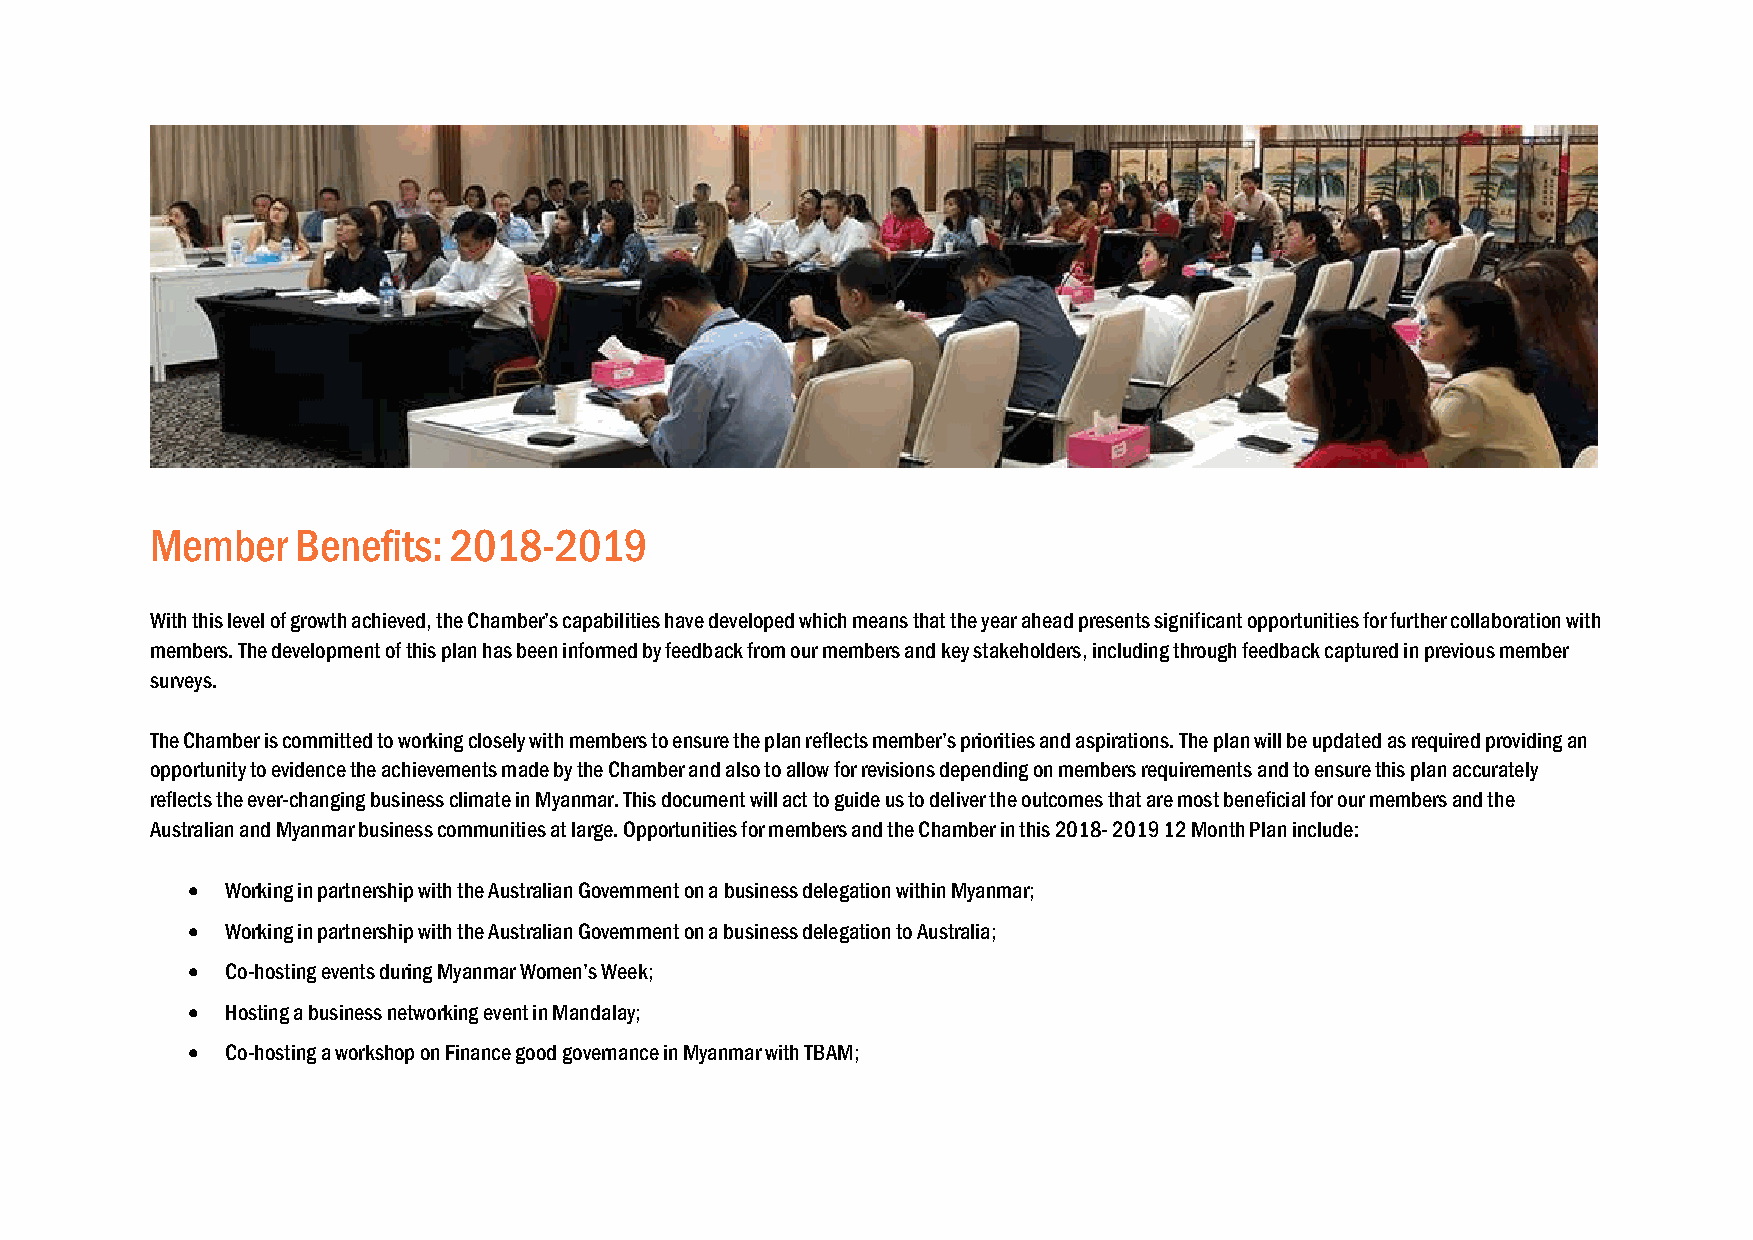
Member    Benefits: 2018-2019
 With this level of growth achieved, the Chamber’s capabilities have developed which means that the year ahead presents significant opportunities for further collaboration with
 members. The development of this plan has been informed by feedback from our members and key stakeholders, including through feedback captured in previous member
 surveys.
 The Chamber is committed to working closely with members to ensure the plan reflects member’s priorities and aspirations. The plan will be updated as required providing an
 opportunity to evidence the achievements made by the Chamber and also to allow for revisions depending on members requirements and to ensure this plan accurately
 reflects the ever-changing business climate in Myanmar. This document will act to guide us to deliver the outcomes that are most beneficial for our members and the
 Australian and Myanmar business communities at large. Opportunities for members and the Chamber in this 2018- 2019 12 Month Plan include:
   Working in partnership with the Australian Government on a business delegation within Myanmar;
   Working in partnership with the Australian Government on a business delegation to Australia;
   Co-hosting events during Myanmar Women’s Week;
   Hosting a business networking event in Mandalay;
   Co-hosting a workshop on Finance good governance in Myanmar with TBAM;